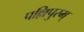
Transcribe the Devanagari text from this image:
पल्लिपुरम्